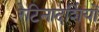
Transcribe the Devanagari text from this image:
रेटिनादर्शियों